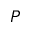
P